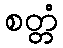
စတ္တံ